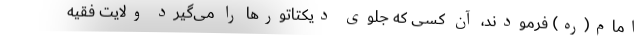
امام(ره) فرمودند، آن کسی که جلوی دیکتاتورها را می‌گیرد ولایت فقیه